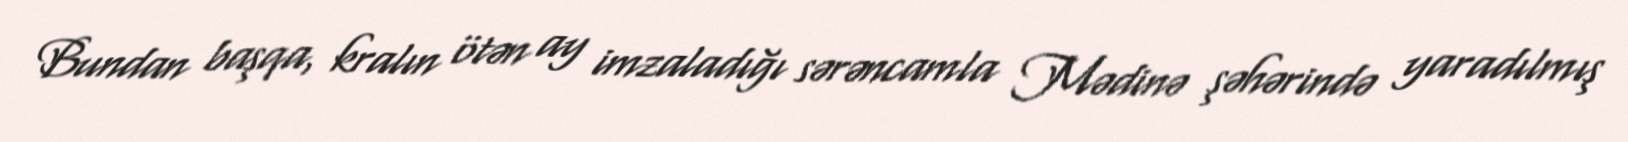
Bundan başqa, kralın ötən ay imzaladığı sərəncamla Mədinə şəhərində yaradılmış